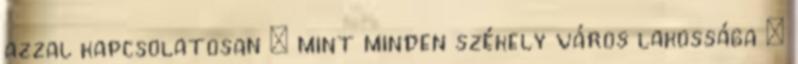
azzal kapcsolatosan – mint minden székely város lakossága –